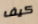
كيف